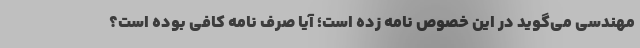
مهندسی می‌گوید در این خصوص نامه زده است؛ آیا صرف نامه کافی بوده است؟